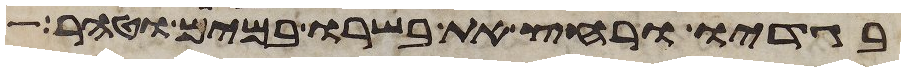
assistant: בגדיו ורחץ את בשרו במים וטהר